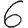
Digit: 6